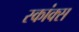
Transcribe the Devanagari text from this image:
स्कांक्स